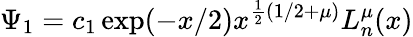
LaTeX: \Psi_{1}=c_{1}\exp(-x/2)x^{\frac 12(1/2+\mu)}L_{n}^{\mu}(x)